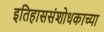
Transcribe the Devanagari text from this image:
इतिहाससंशोधकाच्या